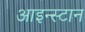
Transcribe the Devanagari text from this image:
आइन्स्टान